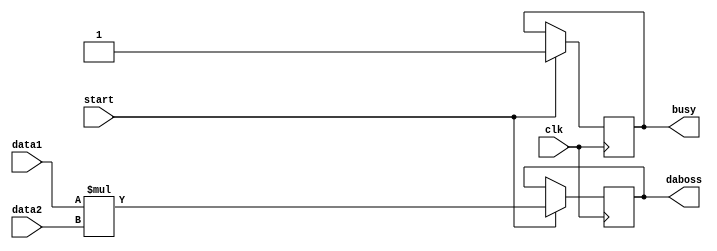
module cc(
    input [31:0] data1,
    input [31:0] data2,
    input start,
    input clk,
    output busy,
	 output [63:0] daboss
    //output [31:0] da1,
    //output [31:0] da2
    );
	 reg [31:0] lo;
	 reg [31:0] hi;
	 integer i = 0;
	 initial begin
		for(i=0;i<32;i=i+1)begin
			lo[i] = 0;
			hi[i] = 0;
		end
	 end
	 always @(posedge clk)begin
		if(start)begin
			daboss <= data1 * data2;
			busy <= 1;
			lo <= daboss[31:0];
			hi <= daboss[63:32];
		end
	 end


endmodule